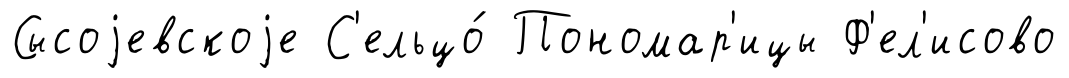
Сысоjевскоjе С'ельцо́ Пономар'ицы Ф'ел'исово